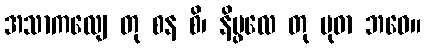
အသာကလျေ တု စန စိ၊ နိပ္ဖလေ တု မုဓာ ဘဝေ။